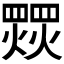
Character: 𱬠